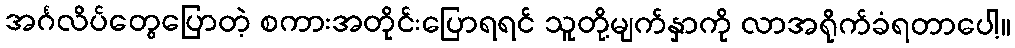
အင်္ဂလိပ်တွေပြောတဲ့ စကားအတိုင်းပြောရရင် သူတို့မျက်နှာကို လာအရိုက်ခံရတာပေါ့။